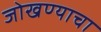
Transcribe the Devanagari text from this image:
जोखण्याचा